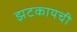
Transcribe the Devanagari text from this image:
झटकायची